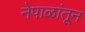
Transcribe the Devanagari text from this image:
नेपाळांतून